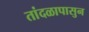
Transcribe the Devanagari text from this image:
तांदळापासुन